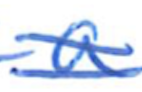
Text: a
Cross-out: double-line
Writing tool: ballpoint